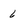
Character: 6